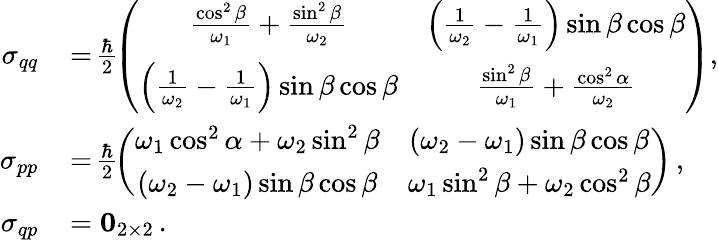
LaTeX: \begin{array}{rl}{\sigma_{qq}}&{{}\! =\! \frac{\hbar}{2}\! \left(\begin{array}{cc}{\frac{\cos^{2}\beta}{\omega_{1}}+\frac{\sin^{2}\beta}{\omega_{2}}}&{\left(\frac{1}{\omega_{2}}-\frac{1}{\omega_{1}}\right)\sin\beta\cos\beta}\\ {\left(\frac{1}{\omega_{2}}-\frac{1}{\omega_{1}}\right)\sin\beta\cos\beta}&{\frac{\sin^{2}\beta}{\omega_{1}}+\frac{\cos^{2}\alpha}{\omega_{2}}}\end{array}\right),}\\ {\sigma_{pp}}&{{}\! =\! \frac{\hbar}{2}\! \left(\begin{array}{cc}{\omega_{1}\cos^{2}\alpha+\omega_{2}\sin^{2}\beta}&{\left(\omega_{2}-\omega_{1}\right)\sin\beta\cos\beta}\\ {\left(\omega_{2}-\omega_{1}\right)\sin\beta\cos\beta}&{\omega_{1}\sin^{2}\beta+\omega_{2}\cos^{2}\beta}\end{array}\right)\, ,}\\ {\sigma_{qp}}&{{}\! =\mathbf{0}_{2\times 2}\, .}\end{array}